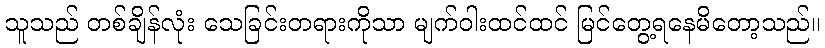
သူသည် တစ်ချိန်လုံး သေခြင်းတရားကိုသာ မျက်ဝါးထင်ထင် မြင်တွေ့ရနေမိတော့သည်။